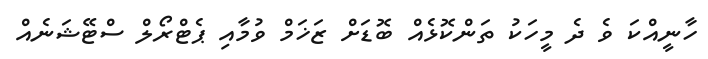
ހާނީއްކަ ވެ ދެ މީހަކު ތަންކޮޅެއް ބޮޑަށް ޒަޚަމް ވުމާއި ޕެޓްރޯލް ސްޓޭޝަނެއް